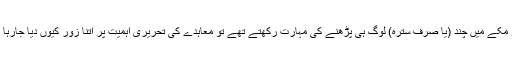
اگر مکے میں چند (یا صرف سترہ) لوگ ہی پڑھنے کی مہارت رکھتے تھے تو معاہدے کی تحریری اہمیت پر اتنا زور کیوں دیا جارہا تھا۔